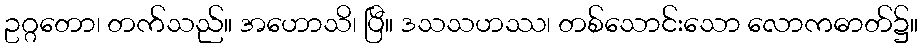
ဥဂ္ဂတော၊ တက်သည်။ အဟောသိ၊ ပြီ။ ဒသသဟဿ၊ တစ်သောင်းသော လောကဓာတ်၌။